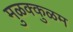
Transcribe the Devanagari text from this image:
मुळक्कुळम